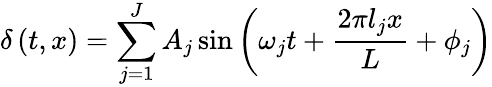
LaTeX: \delta\left(t,x\right)=\sum_{j=1}^{J}A_{j}\sin\left(\omega_{j}t+\frac{2\pi l_{j}x}{L}+\phi_{j}\right)